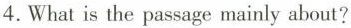
4. What is the passage mainly about?